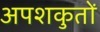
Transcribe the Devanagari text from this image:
अपशकुतों